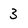
Character: 3